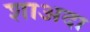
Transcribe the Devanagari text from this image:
शाअदा